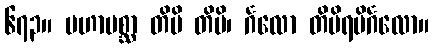
၆၇၃။ မဟာမစ္ဆာ တိမိ တိမိ၊ င်္ဂလော တိမိရပိင်္ဂလော။